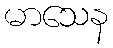
မာသေန